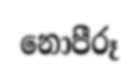
නොපීරූ